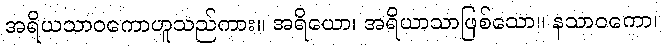
အရိယသာဝကောဟူသည်ကား။ အရိယော၊ အရိယာသာဖြစ်သော။ နသာဝကော၊